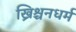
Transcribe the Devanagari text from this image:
ख्रिश्चनधर्म